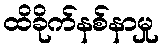
ထိခိုက်နစ်နာမှု